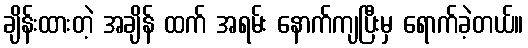
ချိန်းထားတဲ့ အချိန် ထက် အရမ်း နောက်ကျပြီးမှ ရောက်ခဲ့တယ်။